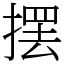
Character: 摆